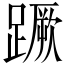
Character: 蹶